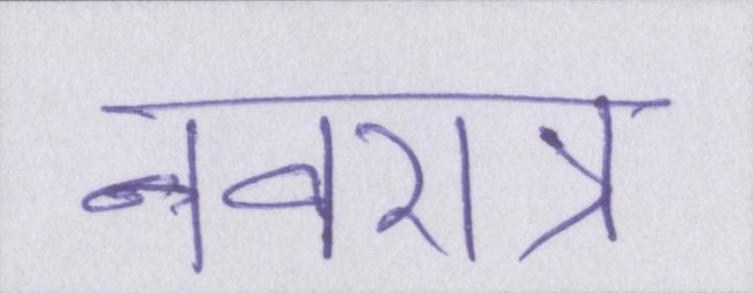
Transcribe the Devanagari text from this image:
नवरात्र